Vaccination North-Western Provinces and Oudh 1878-1895 - 1878-1895
Year: 1878
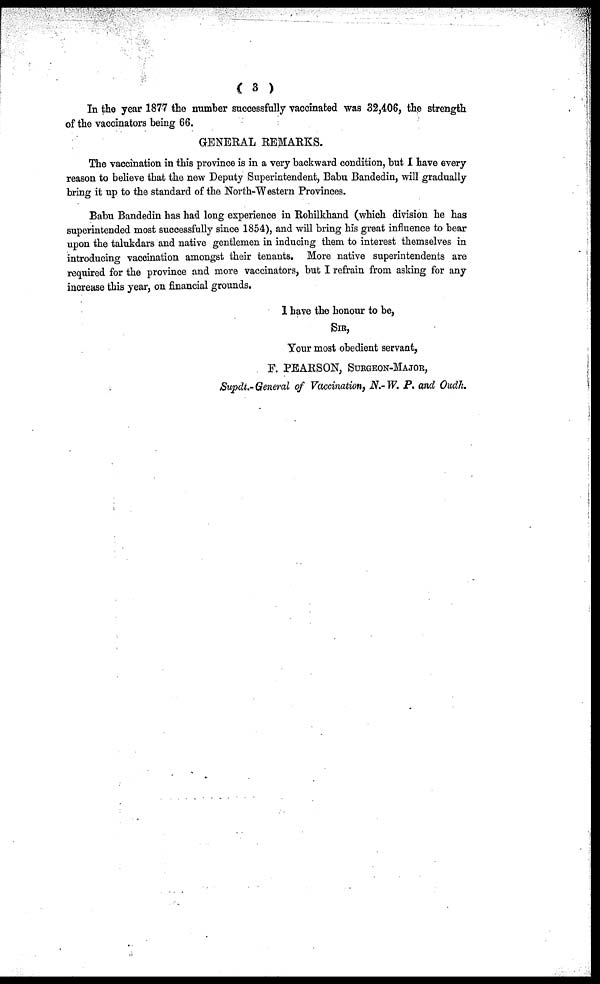
( 3 )
In the year 1877 the number successfully vaccinated was 32,406, the strength
of the vaccinators being 66.
GENERAL REMARKS.
The vaccination in this province is in a very backward condition, but I have every
reason to believe that the new Deputy Superintendent, Babu Bandedin, will gradually
bring it up to the standard of the North-Western Provinces.
Babu Bandedin has had long experience in Rohilkhand (which division he has
superintended most successfully since 1854), and will bring his great influence to bear
upon the talukdars and native gentlemen in inducing them to interest themselves in
introducing vaccination amongst their tenants. More native superintendents are
required for the province and more vaccinators, but I refrain from asking for any
increase this year, on financial grounds.
I have the honour to be,
SIR,
Your most obedient servant,
F. PEARSON, SURGEON-MAJOR,
Supdt.- General of Vaccination, N.-W. P. and Oudh.